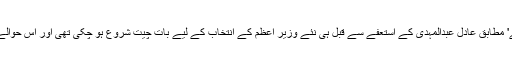
فرانسیسی خبر رساں ادارے 'اے ایف پی کے' مطابق عادل عبدالمہدی کے استعفے سے قبل ہی نئے وزیرِ اعظم کے انتخاب کے لیے بات چیت شروع ہو چکی تھی اور اس حوالے سے ملاقاتوں کا سلسلہ اب بھی جاری ہے۔